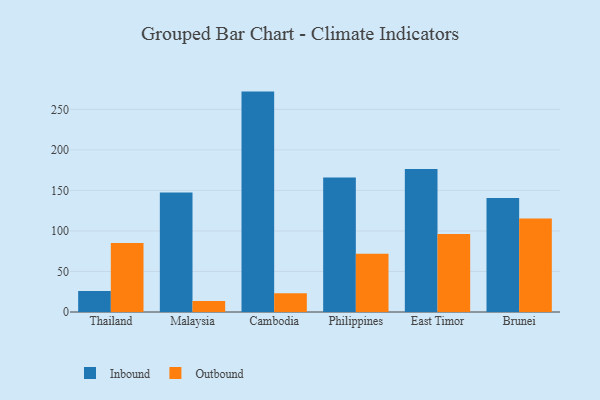
{"axis": {"x": "Country", "y": "Revenue (USD Million)"}, "legend": ["Inbound", "Outbound"], "data": [{"x": "Thailand", "y": 26.0, "type": "Inbound"}, {"x": "Thailand", "y": 85.0, "type": "Outbound"}, {"x": "Malaysia", "y": 147.3, "type": "Inbound"}, {"x": "Malaysia", "y": 13.7, "type": "Outbound"}, {"x": "Cambodia", "y": 271.9, "type": "Inbound"}, {"x": "Cambodia", "y": 23.2, "type": "Outbound"}, {"x": "Philippines", "y": 166.0, "type": "Inbound"}, {"x": "Philippines", "y": 72.0, "type": "Outbound"}, {"x": "East Timor", "y": 176.3, "type": "Inbound"}, {"x": "East Timor", "y": 96.1, "type": "Outbound"}, {"x": "Brunei", "y": 140.5, "type": "Inbound"}, {"x": "Brunei", "y": 115.2, "type": "Outbound"}]}